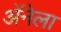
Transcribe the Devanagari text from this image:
अॅनेला